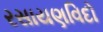
રસાયણવિદો